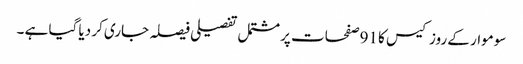
سوموار کے روز کیس کا 91صفحات پر مشتمل تفصیلی فیصلہ جاری کر دیا گیا ہے ۔